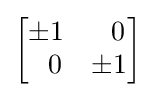
{\begin{bmatrix}\pm 1&~~0\\~~0&\pm 1\end{bmatrix}}